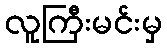
လူကြီးမင်းမှ